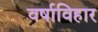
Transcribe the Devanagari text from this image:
वर्षाविहार